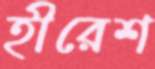
হীরেশ